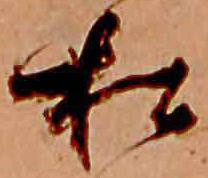
松